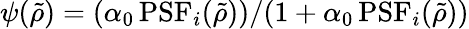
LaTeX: \psi(\tilde{\rho})=(\alpha_{0}\, \mathrm{PSF}_{i}(\tilde{\rho}))/(1+\alpha_{0}\, \mathrm{PSF}_{i}(\tilde{\rho}))